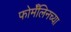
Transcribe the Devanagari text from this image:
फोर्मॅलिनच्या